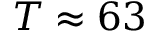
T \approx 6 3